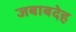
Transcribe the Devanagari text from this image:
जबाबदेह